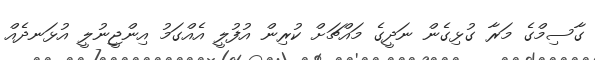
ގާސިމްގެ މަރާ ގުޅިގެން ނަދީގެ މައްޗަށް ކުރިން އުފުލީ އެއްގަމު އިންޖީނުލީ އުޅަނދެއް